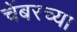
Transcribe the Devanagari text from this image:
चेंबरच्या